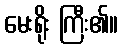
မေးရိုး ကြီး၏။